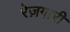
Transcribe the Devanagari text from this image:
रेज़गारी